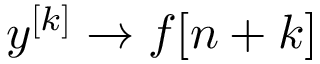
y ^ { [ k ] } \to f [ n + k ]